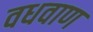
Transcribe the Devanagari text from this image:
वधवाण